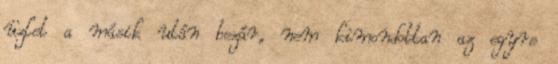
üzlet a másik után bezár, nem kimondottan az egyre